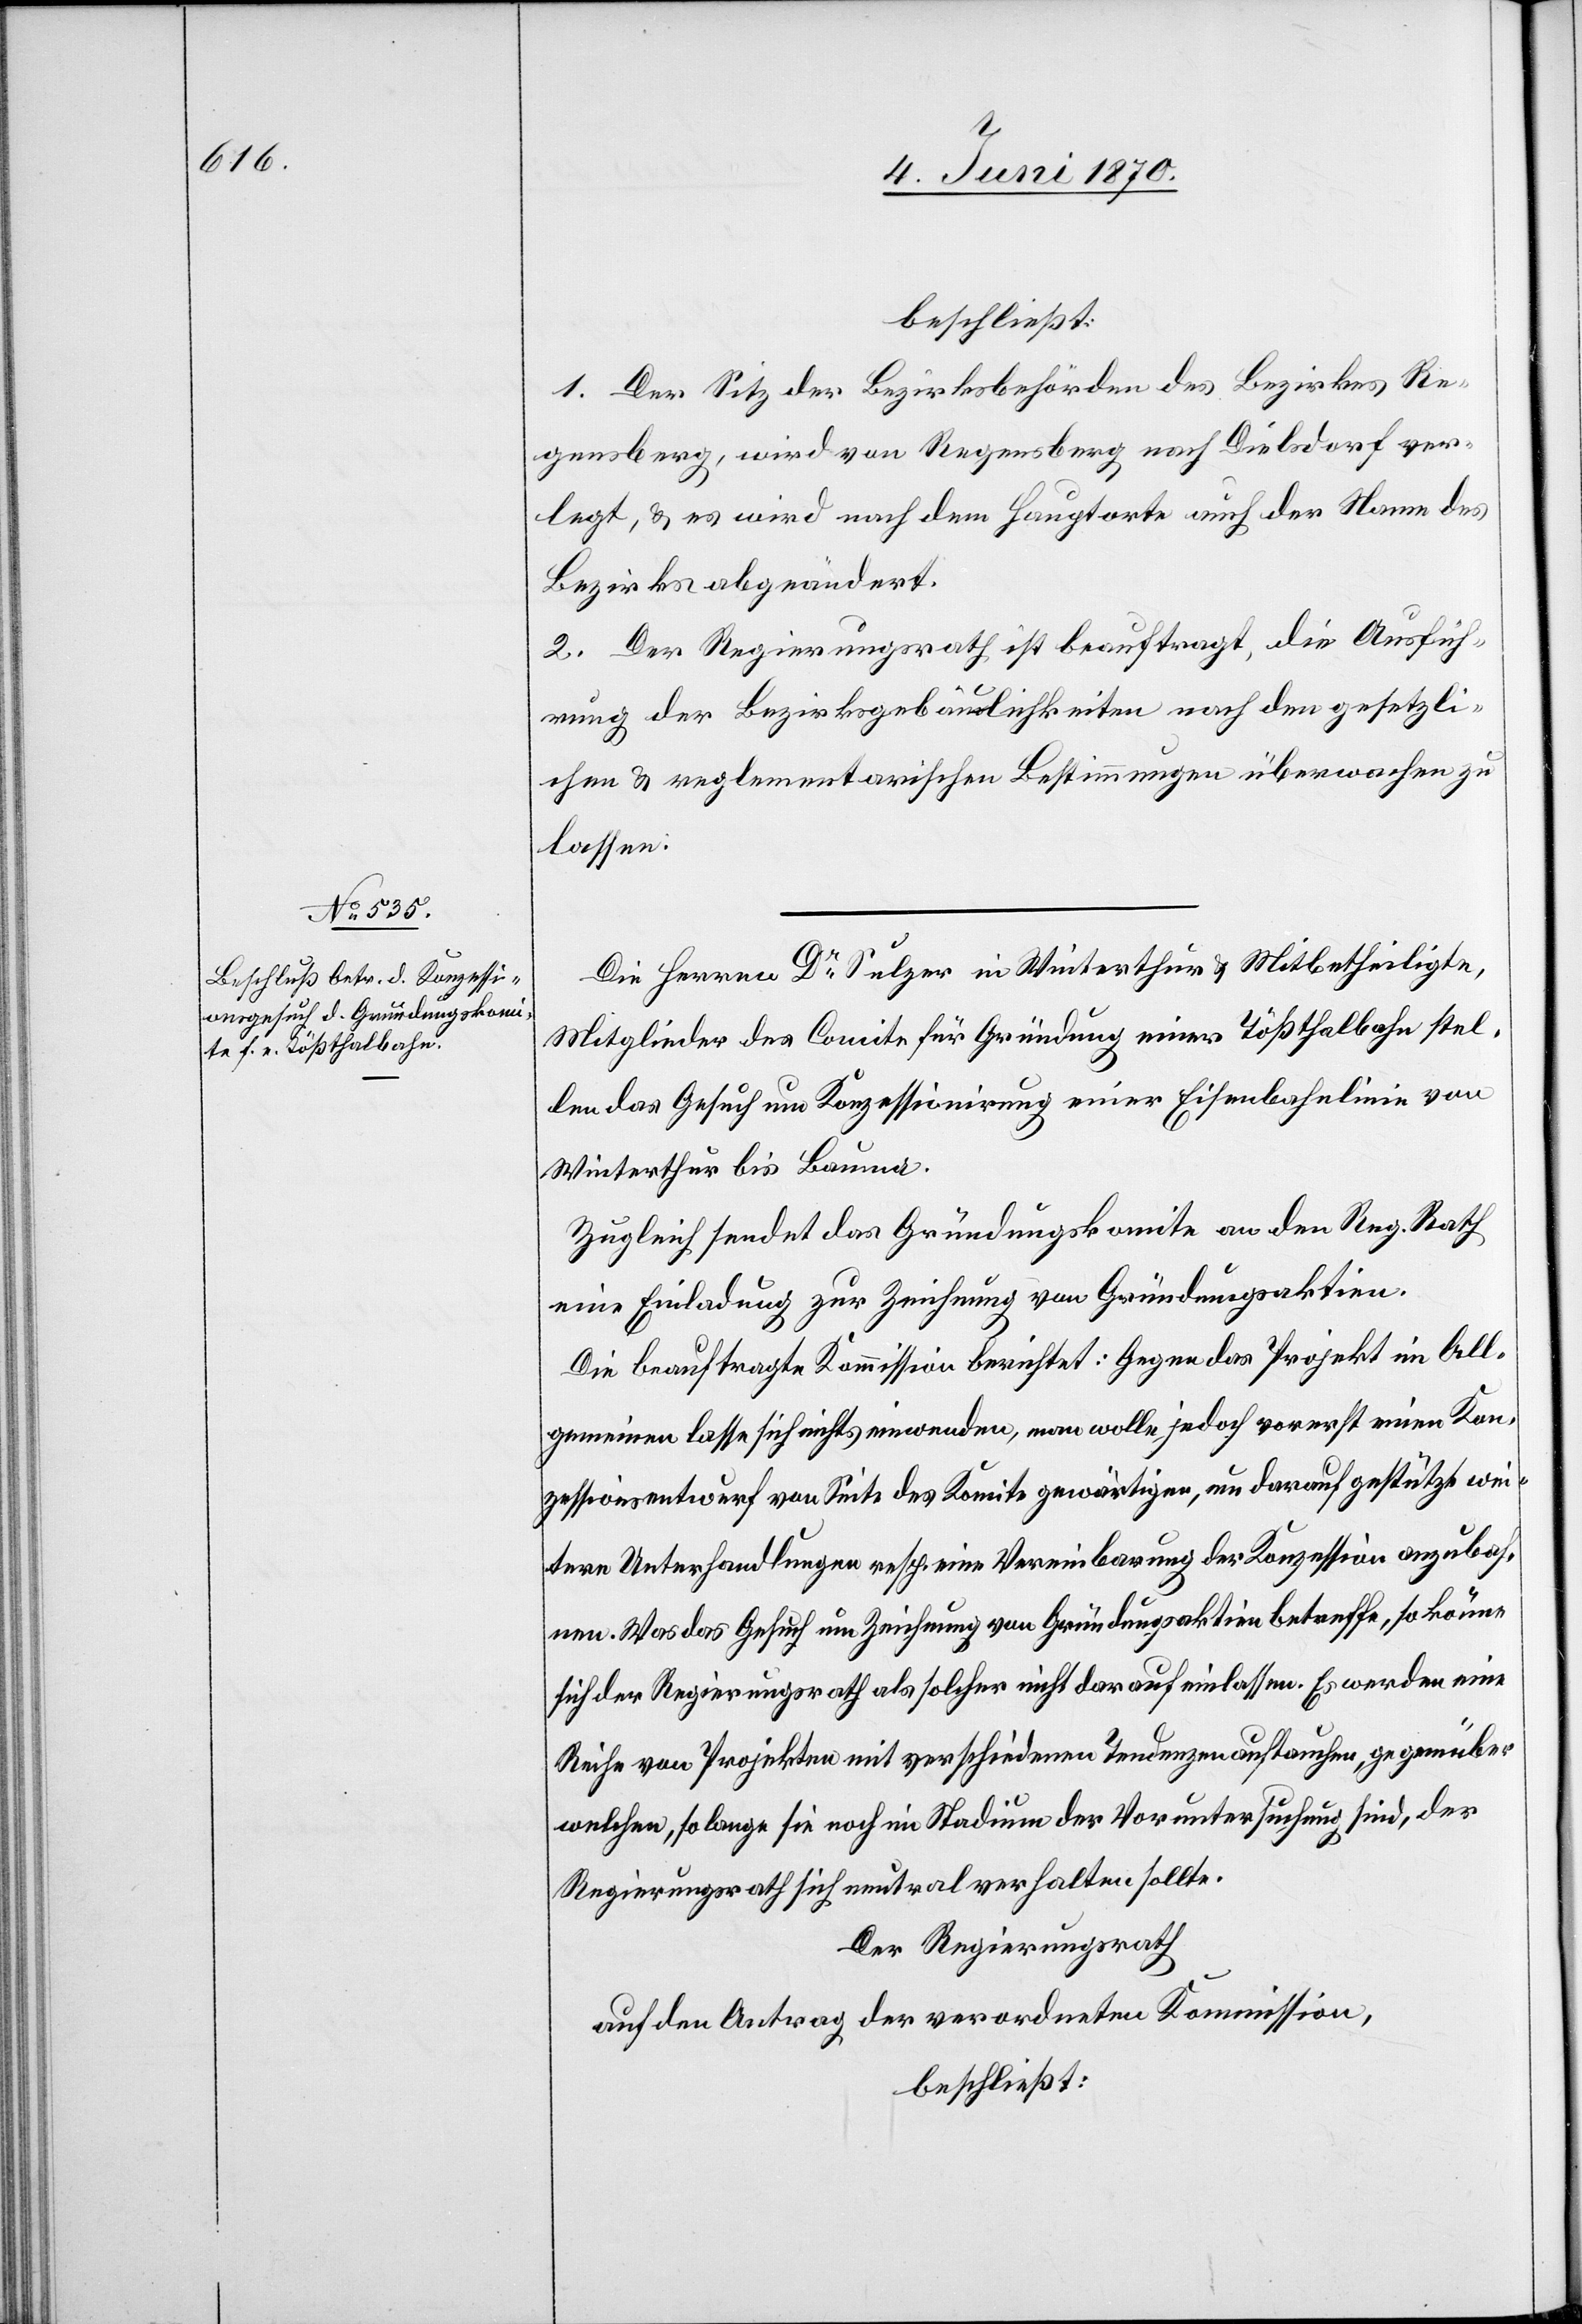
beschließt:
1. Der Sitz der Bezirksbehörden des Bezirkes Re¬
gensberg, wird von Regensberg nach Dielsdorf ver¬
legt, & es wird nach dem Hauptorte auch der Name des
Bezirkes abgeändert.
2. Der Regierungsrath ist beauftragt, die Ausfüh¬
rung der Bezirksgebäulichkeiten nach den gesetzli¬
chen & reglementarischen Bestimmungen überwachen zu
lassen.
Die Herren Dr Sulzer in Winterthur & Mitbetheiligte,
Mitglieder des Comite für Gründung einer Tößthalbahn stel¬
len das Gesuch um Konzessionirung einer Eisenbahnlinie von
Winterthur bis Bauma.
Zugleich sendet das Gründungskomite an den Reg. Rath
eine Einladung zur Zeichnung von Gründungsaktien.
Die beauftragte Kommission berichtet: Gegen das Projekt im All¬
gemeinen lasse sich nichts einwenden, man wolle jedoch vorerst einen Kon¬
zessionsentwurf von Seite des Komitee gewärtigen, um darauf gestützt wei¬
tere Unterhandlungen resp. eine Vereinbarung der Konzession anzubah¬
nen. Was das Gesuch um Zeichnung von Gründungsaktien betreffe, so könne
sich der Regierungsrath als solcher nicht darauf einlassen. Es werde eine
Reihe von Projekten mit verschiedenen Tendenzen auftauchen, gegenüber
welchen, so lange sie noch im Stadium der Voruntersuchung sind, der
Regierungsrath sich neutral verhalten sollte.
Der Regierungsrath
auf den Antrag der verordneten Kommission,
beschließt: